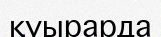
қуырарда